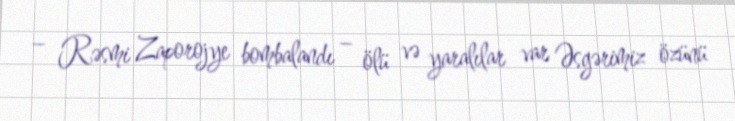
– Rəsmi Zaporojye bombalandı – ölü və yaralılar var Əsgərimiz özünü